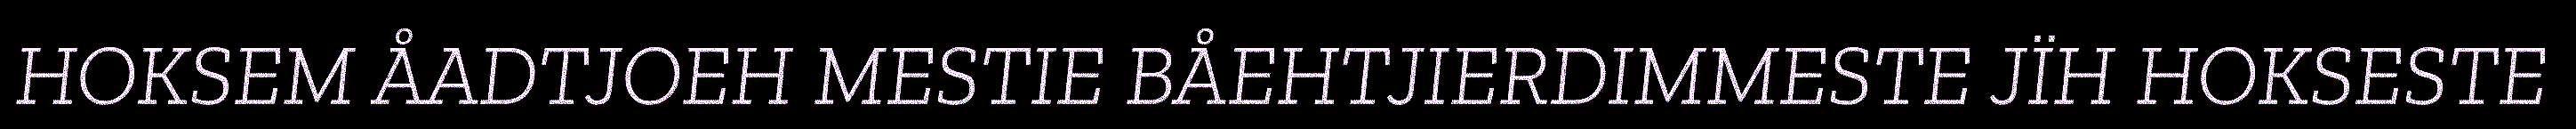
HOKSEM ÅADTJOEH MESTIE BÅEHTJIERDIMMESTE JÏH HOKSESTE